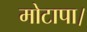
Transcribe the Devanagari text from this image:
मोटापा।